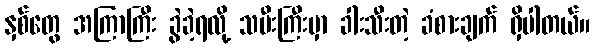
နှစ်တွေ အကြာကြီး ခွဲခဲ့ရလို့ သမီးကြီးမှာ ခါးသီးတဲ့ ခံစားချက် ရှိပါတယ်။